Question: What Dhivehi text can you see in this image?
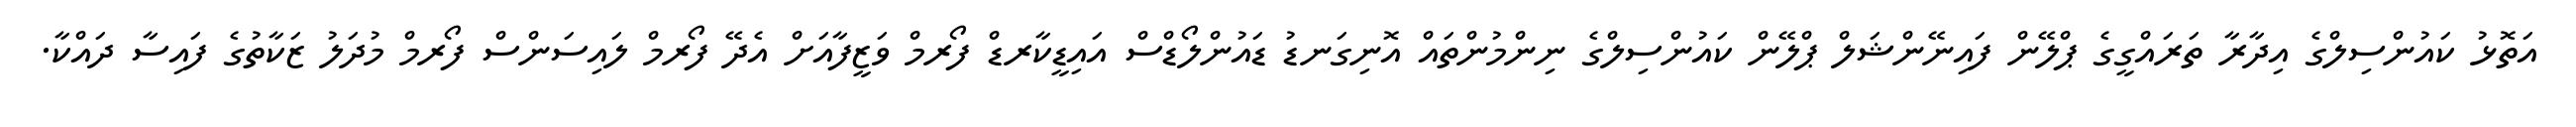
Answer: އަތޮޅު ކައުންސިލްގެ އިދާރާ ތަރައްގީގެ ޕްލޭން ފައިނޭންޝަލް ޕްލޭން ކައުންސިލްގެ ނިންމުންތައް އޮނިގަނޑު ޑައުންލޯޑްސް އައިޑީކާރޑް ފޯރމް ވަޒީފާއަށް އެދޭ ފޯރމް ލައިސަންސް ފޯރމް މުދަލު ޒަކާތުގެ ފައިސާ ދައްކާ.